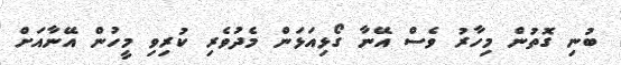
ބުނި ގޮތުން މިހާރު ވެސް އޭނާ ގޯޅިއަޅަން މެދުވެރި ކުރިވި މީހުން އޭނާއަށް